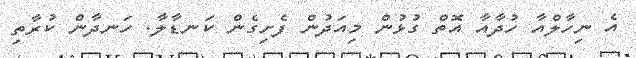
އެ ނިހާލްއާ ހުދާއާ އޮތް ގުޅުން މިއަދުން ފެށިގެން ކަނޑާލާ. ހަނދާން ކުރާތި